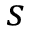
s